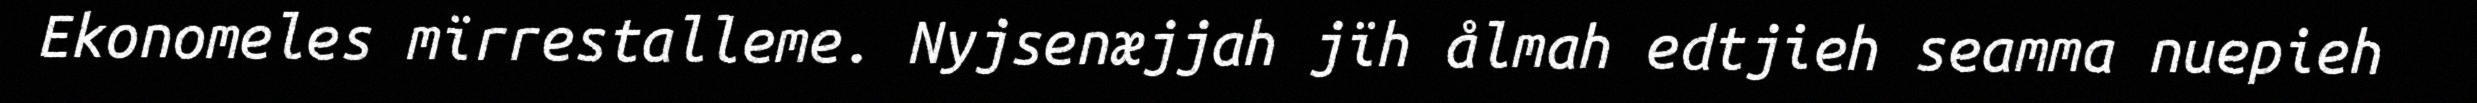
Ekonomeles mïrrestalleme. Nyjsenæjjah jïh ålmah edtjieh seamma nuepieh